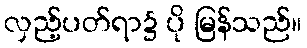
လှည့်ပတ်ရာ၌ ပို မြန်သည်။